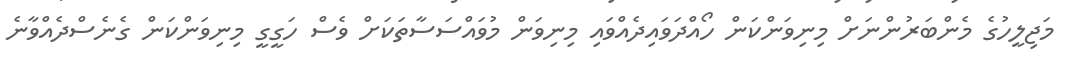
މަޖިލީހުގެ މެންބަރުންނަށް މިނިވަންކަން ހޯއްދަވައިދެއްވައި މިނިވަން މުވައްސަސާތަކަށް ވެސް ހަގީގީ މިނިވަންކަން ގެނެސްދެއްވާނެ